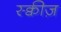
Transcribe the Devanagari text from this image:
स्क्वीज़